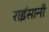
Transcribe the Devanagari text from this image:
राईसानी